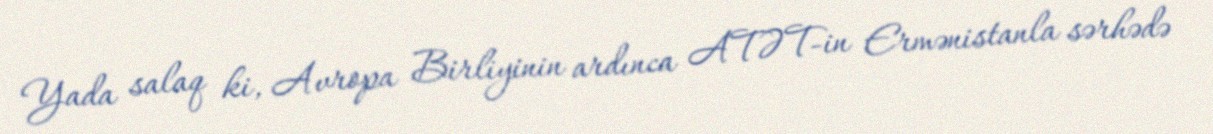
Yada salaq ki, Avropa Birliyinin ardınca ATƏT-in Ermənistanla sərhədə